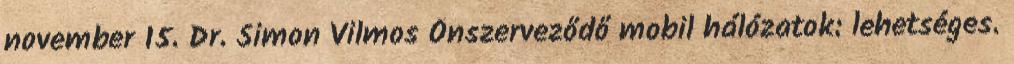
november 15. Dr. Simon Vilmos Önszerveződő mobil hálózatok: lehetséges.